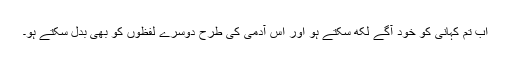
اب تم کہانی کو خود آگے لکھ سکتے ہو اور اس آدمی کی طرح دوسرے لفظوں کو بھی بدل سکتے ہو۔